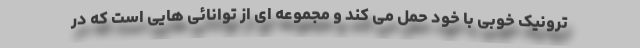
ترونیک خوبی با خود حمل می کند و مجموعه ای از توانائی هایی است که در